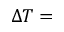
\Delta T =